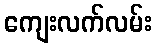
ကျေးလက်လမ်း